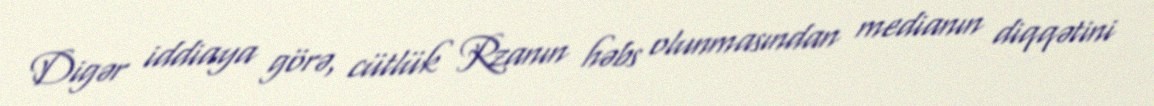
Digər iddiaya görə, cütlük Rzanın həbs olunmasından medianın diqqətini